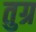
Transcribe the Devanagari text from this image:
तुग्र